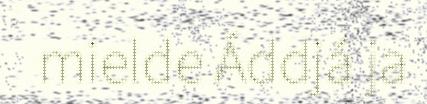
mielde Áddjá ja